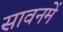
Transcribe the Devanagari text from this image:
सावनमें